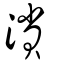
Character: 溑